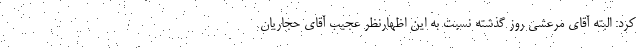
کرد: البته آقای مرعشی روز گذشته نسبت به این اظهارنظر عجیب آقای حجاریان